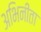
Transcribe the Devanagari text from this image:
अभिनीता